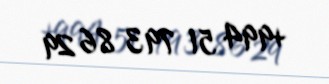
+994 51 793 86 29